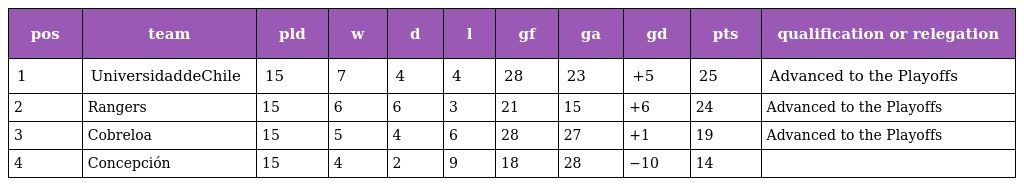
| pos | team | pld | w | d | l | gf | ga | gd | pts | qualification or relegation |
 | --- | --- | --- | --- | --- | --- | --- | --- | --- | --- | --- |
 | 1 | UniversidaddeChile | 15 | 7 | 4 | 4 | 28 | 23 | +5 | 25 | Advanced to the Playoffs |
 | 2 | Rangers | 15 | 6 | 6 | 3 | 21 | 15 | +6 | 24 | Advanced to the Playoffs |
 | 3 | Cobreloa | 15 | 5 | 4 | 6 | 28 | 27 | +1 | 19 | Advanced to the Playoffs |
 | 4 | Concepción | 15 | 4 | 2 | 9 | 18 | 28 | −10 | 14 |  |